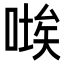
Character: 𭉚